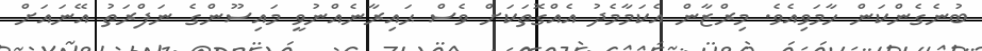
ބުނެގެންކަން ހާމަވިއެވެ. މިރްޒާން އެކަމާމެދު އެއްގޮތަކަށް ވެސް ޙައިރާނެއްނުވީ މައިސޫންގެ ނަފްރަތު އޭނައަށް